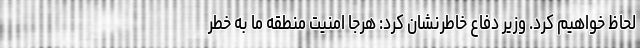
لحاظ خواهیم کرد. وزیر دفاع خاطرنشان کرد: هرجا امنیت منطقه ما به خطر